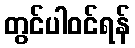
တွင်ပါဝင်ရန်